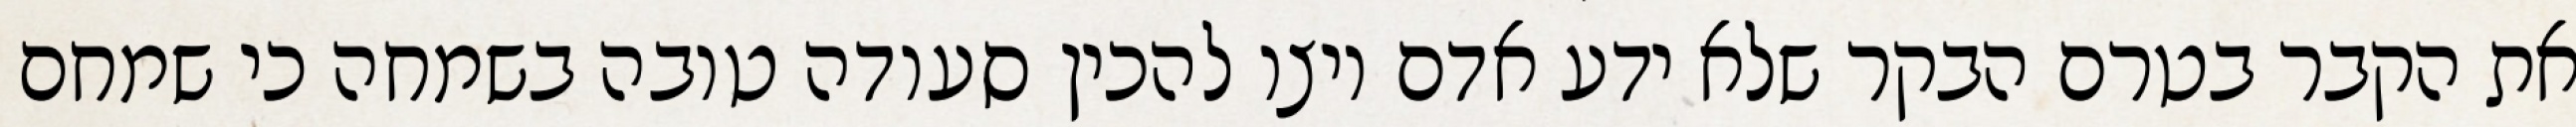
את הקבר בטרם הבקר שלא ידע אדם ויצו להכין סעודה טובה בשמחה כי שמחם